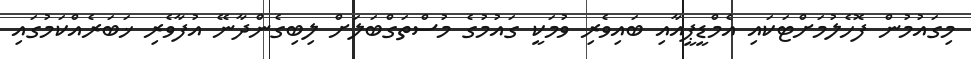
މިގައުމުން ފޮހެލުމަށްޓަކައި އެމްޑީޕީއާއި ބައިވެރި ވުމަކީ ގައުމުގެ މުސްތަގްބަލަށް ލިބިގެންދާނޭ އުފާވެރި ޚަބަރެއްކަމުގައި